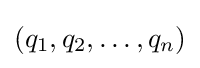
(q_{1},q_{2},\dots ,q_{n})